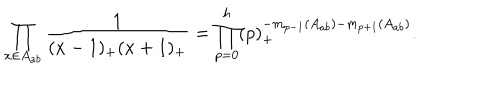
LaTeX: \prod _ { x \in A _ { a b } } \frac { 1 } { ( x - 1 ) _ { + } ( x + 1 ) _ { + } } = \prod _ { p = 0 } ^ { h } ( p ) _ { + } ^ { - m _ { p - 1 } ( A _ { a b } ) - m _ { p + 1 } ( A _ { a b } ) } .